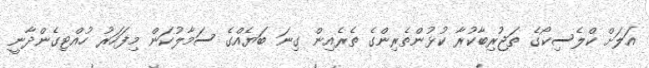
އަލަށް ކްލެސިކޯގެ ތަޖުރިބާކުރާ ކުޅުންތެރިންގެ ތެރެއިން ގިނަ ބަޔެއްގެ ސަމާލުކަން މިފަހަރު ހުއްޓިގެންދާނީ